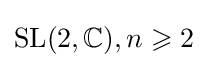
{\text{SL}}(2,\mathbb {C} ),n\geqslant 2